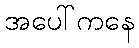
အပေါ်ကနေ